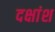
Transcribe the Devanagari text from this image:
दक्षांश